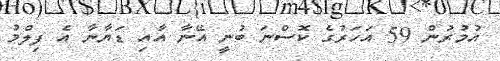
އުމުރުން 59 އަހަރުގެ ކޮސްނަ ބުނީ އޭނާ އާއި ޑަޔާނާ އެ ފިލްމު